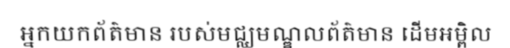
អ្នកយកព័ត៌មាន របស់មជ្ឈមណ្ឌលព័ត៌មាន ដើមអម្ពិល